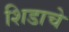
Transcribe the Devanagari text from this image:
शिडाचे